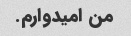
من امیدوارم.